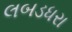
લબડધરા